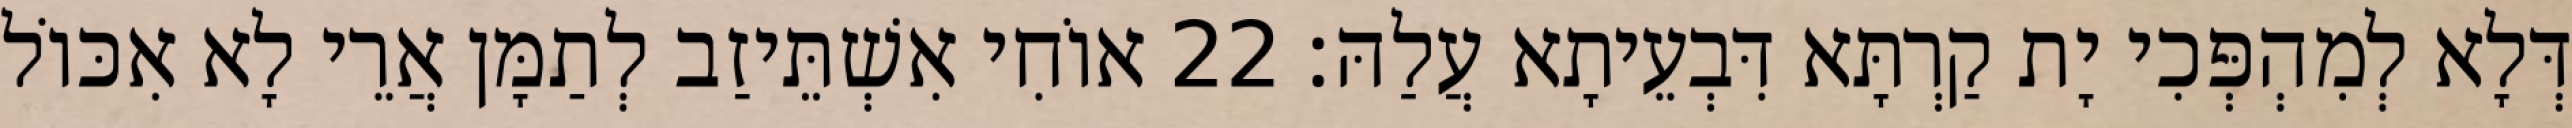
דְּלָא לְמִהְפְּכִי יָת קַרְתָּא דִּבְעֵיתָא עֲלַהּ׃ 22 אוֹחִי אִשְׁתֵּיזַב לְתַמָּן אֲרֵי לָא אִכּוֹל